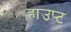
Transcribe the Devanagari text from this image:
हाउप्ट